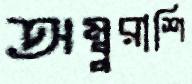
অম্বুরাশি